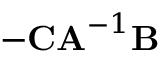
- \mathbf { C A } ^ { - 1 } \mathbf { B }